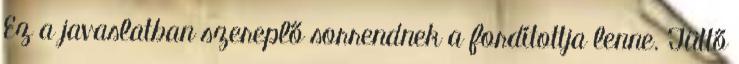
Ez a javaslatban szereplő sorrendnek a fordítottja lenne. Tüttő